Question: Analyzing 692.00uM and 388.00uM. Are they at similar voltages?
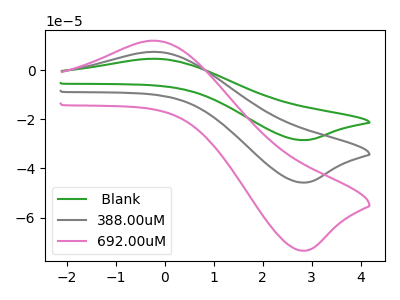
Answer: <think>The green curve " Blank" has an anodic peak at (-0.25V, 14.95uA) and a cathodic peak at (2.80V, -91.55uA). The gray curve "388.00uM" has an anodic peak at (-0.25V, 7.50uA) and a cathodic peak at (2.80V, -45.80uA). The pink curve "692.00uM" has an anodic peak at (-0.25V, 12.00uA) and a cathodic peak at (2.80V, -73.55uA).
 All the peaks in "692.00uM" have a peak in "388.00uM" at the same potential. Every peak in "692.00uM" is higher than every peak in "388.00uM".</think>
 <answer>"692.00uM" and "388.00uM" are similar in shape.</answer>
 <eval>same_shape</eval>